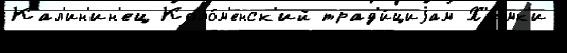
Кал'ин'ин'ец Коло́м'енск'ий трад'и́циjам Х'имк'и